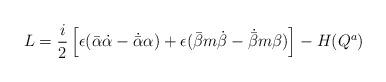
LaTeX: \begin{align*}L=\frac{i}{2}\left[ \epsilon({\bar \alpha}\dot \alpha-\dot{\bar \alpha}\alpha)+\epsilon ({\bar \beta}m\dot \beta-\dot{\bar \beta}m\beta)\right]- H(Q^a)\end{align*}